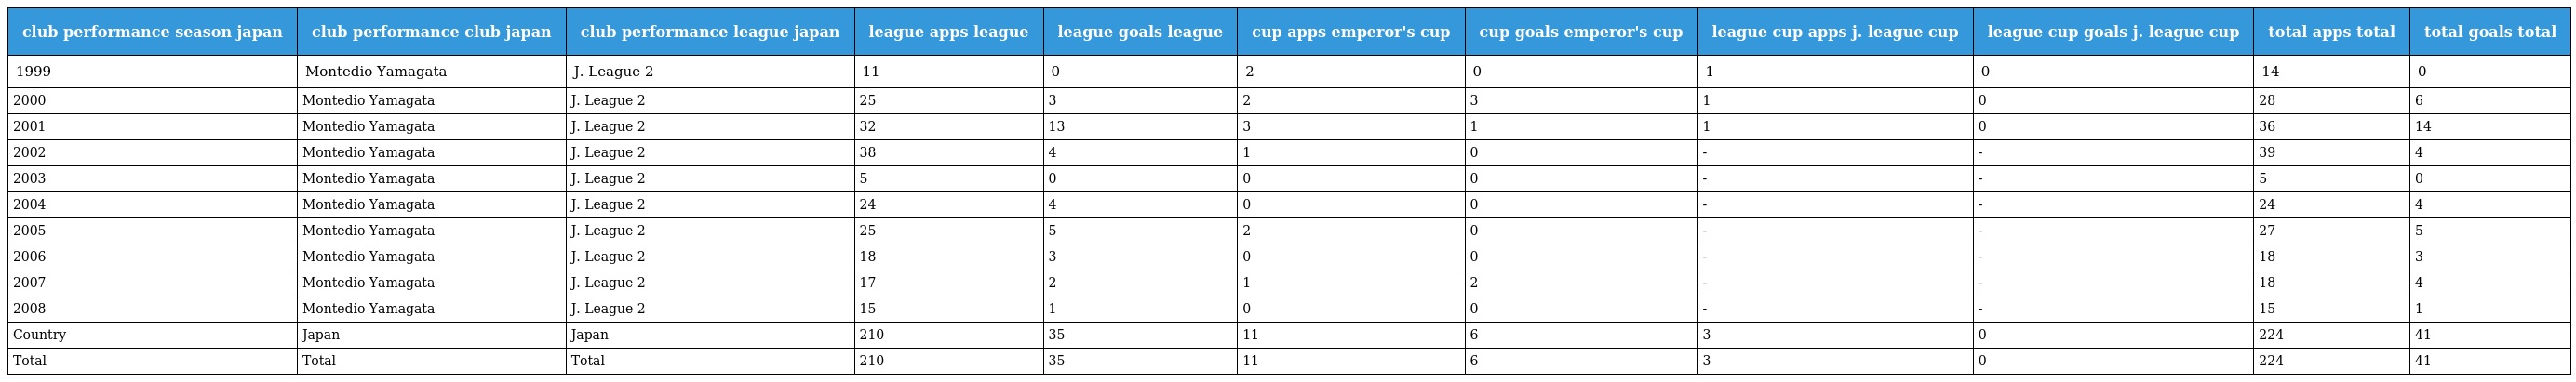
| club performance season japan | club performance club japan | club performance league japan | league apps league | league goals league | cup apps emperor's cup | cup goals emperor's cup | league cup apps j. league cup | league cup goals j. league cup | total apps total | total goals total |
 | --- | --- | --- | --- | --- | --- | --- | --- | --- | --- | --- |
 | 1999 | Montedio Yamagata | J. League 2 | 11 | 0 | 2 | 0 | 1 | 0 | 14 | 0 |
 | 2000 | Montedio Yamagata | J. League 2 | 25 | 3 | 2 | 3 | 1 | 0 | 28 | 6 |
 | 2001 | Montedio Yamagata | J. League 2 | 32 | 13 | 3 | 1 | 1 | 0 | 36 | 14 |
 | 2002 | Montedio Yamagata | J. League 2 | 38 | 4 | 1 | 0 | - | - | 39 | 4 |
 | 2003 | Montedio Yamagata | J. League 2 | 5 | 0 | 0 | 0 | - | - | 5 | 0 |
 | 2004 | Montedio Yamagata | J. League 2 | 24 | 4 | 0 | 0 | - | - | 24 | 4 |
 | 2005 | Montedio Yamagata | J. League 2 | 25 | 5 | 2 | 0 | - | - | 27 | 5 |
 | 2006 | Montedio Yamagata | J. League 2 | 18 | 3 | 0 | 0 | - | - | 18 | 3 |
 | 2007 | Montedio Yamagata | J. League 2 | 17 | 2 | 1 | 2 | - | - | 18 | 4 |
 | 2008 | Montedio Yamagata | J. League 2 | 15 | 1 | 0 | 0 | - | - | 15 | 1 |
 | Country | Japan | Japan | 210 | 35 | 11 | 6 | 3 | 0 | 224 | 41 |
 | Total | Total | Total | 210 | 35 | 11 | 6 | 3 | 0 | 224 | 41 |